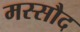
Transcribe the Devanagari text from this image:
मस्सौद